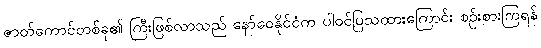
ဇာတ်ကောင်တစ်ခု၏ ကြီးဖြစ်လာသည် နော်ဝေနိုင်ငံက ပါဝင်ပြသထားကြောင်း စဉ်းစားကြရန်